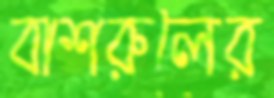
বাশরুলের